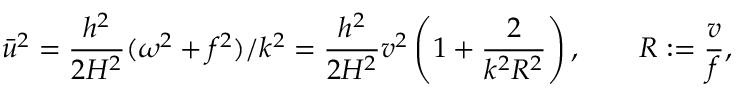
\bar { u } ^ { 2 } = \frac { h ^ { 2 } } { 2 H ^ { 2 } } ( \omega ^ { 2 } + f ^ { 2 } ) / k ^ { 2 } = \frac { h ^ { 2 } } { 2 H ^ { 2 } } v ^ { 2 } \left( 1 + \frac { 2 } { k ^ { 2 } R ^ { 2 } } \right) , \qquad R : = \frac { v } { f } ,